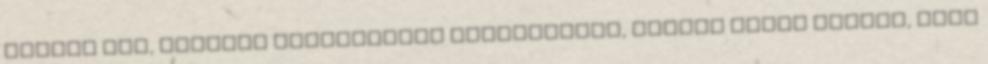
belőle Úgy, ahogyan nagyanyáink készítették, szinte semmi fűszer, csak